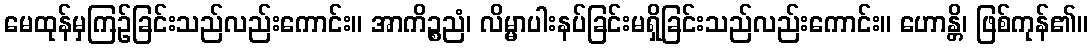
မေထုန်မှကြဉ်ခြင်းသည်လည်းကောင်း။ အာကိဉ္စညံ၊ လိမ္မာပါးနပ်ခြင်းမရှိခြင်းသည်လည်းကောင်း။ ဟောန္တိ၊ ဖြစ်ကုန်၏။